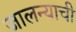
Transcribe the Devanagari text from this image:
जालन्याची